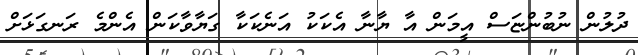
ދުލުން ނުބުންޏަސް އީމަން އާ ޔާނާ އެކަކު އަނެކަކާ ގަޔާވާކަން އެންމެ ރަނގަޅަށް